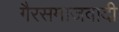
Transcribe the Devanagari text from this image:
गैरसमाजवादी